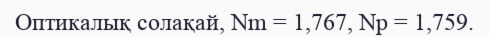
Оптикалық солақай, Nm = 1,767, Np = 1,759.